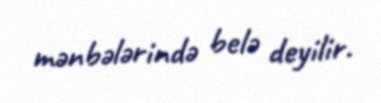
mənbələrində belə deyilir.